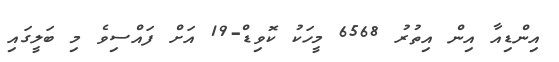
އިންޑިއާ އިން އިތުރު 6568 މީހަކު ކޮވިޑް-19 އަށް ފައްސިވެ މި ބަލީގައި